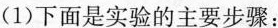
(1)下面是实验的主要步骤：